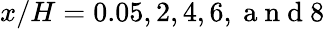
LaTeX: x/H=0.05,2,4,6,\mathrm{~a~n~d~}8